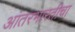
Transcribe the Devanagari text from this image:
आंतरभारतीचा